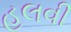
હલવી